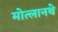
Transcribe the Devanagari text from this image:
मोत्लानथे